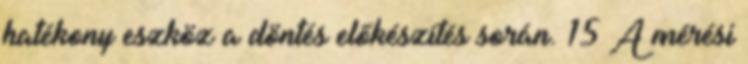
hatékony eszköz a döntés előkészítés során. 15 A mérési